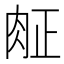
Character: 𰮖